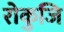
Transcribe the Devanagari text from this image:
रोकुजि